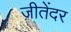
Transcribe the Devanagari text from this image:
जीतेंदर